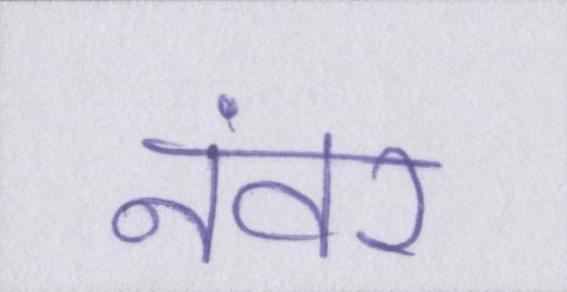
नंवर